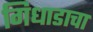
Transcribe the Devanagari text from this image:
गिधाडाचा